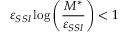
\varepsilon _ { S S l } \log \left( \frac { M ^ { * } } { \varepsilon _ { S S l } } \right) < 1